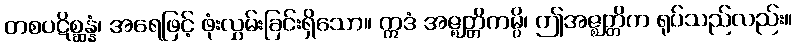
တစပဋိစ္ဆန္နံ၊ အရေဖြင့် ဖုံးလွှမ်းခြင်းရှိသော။ ဣဒံ အဇ္ဈတ္တိကမ္ပိ၊ ဤအဇ္ဈတ္တိက ရုပ်သည်လည်း။